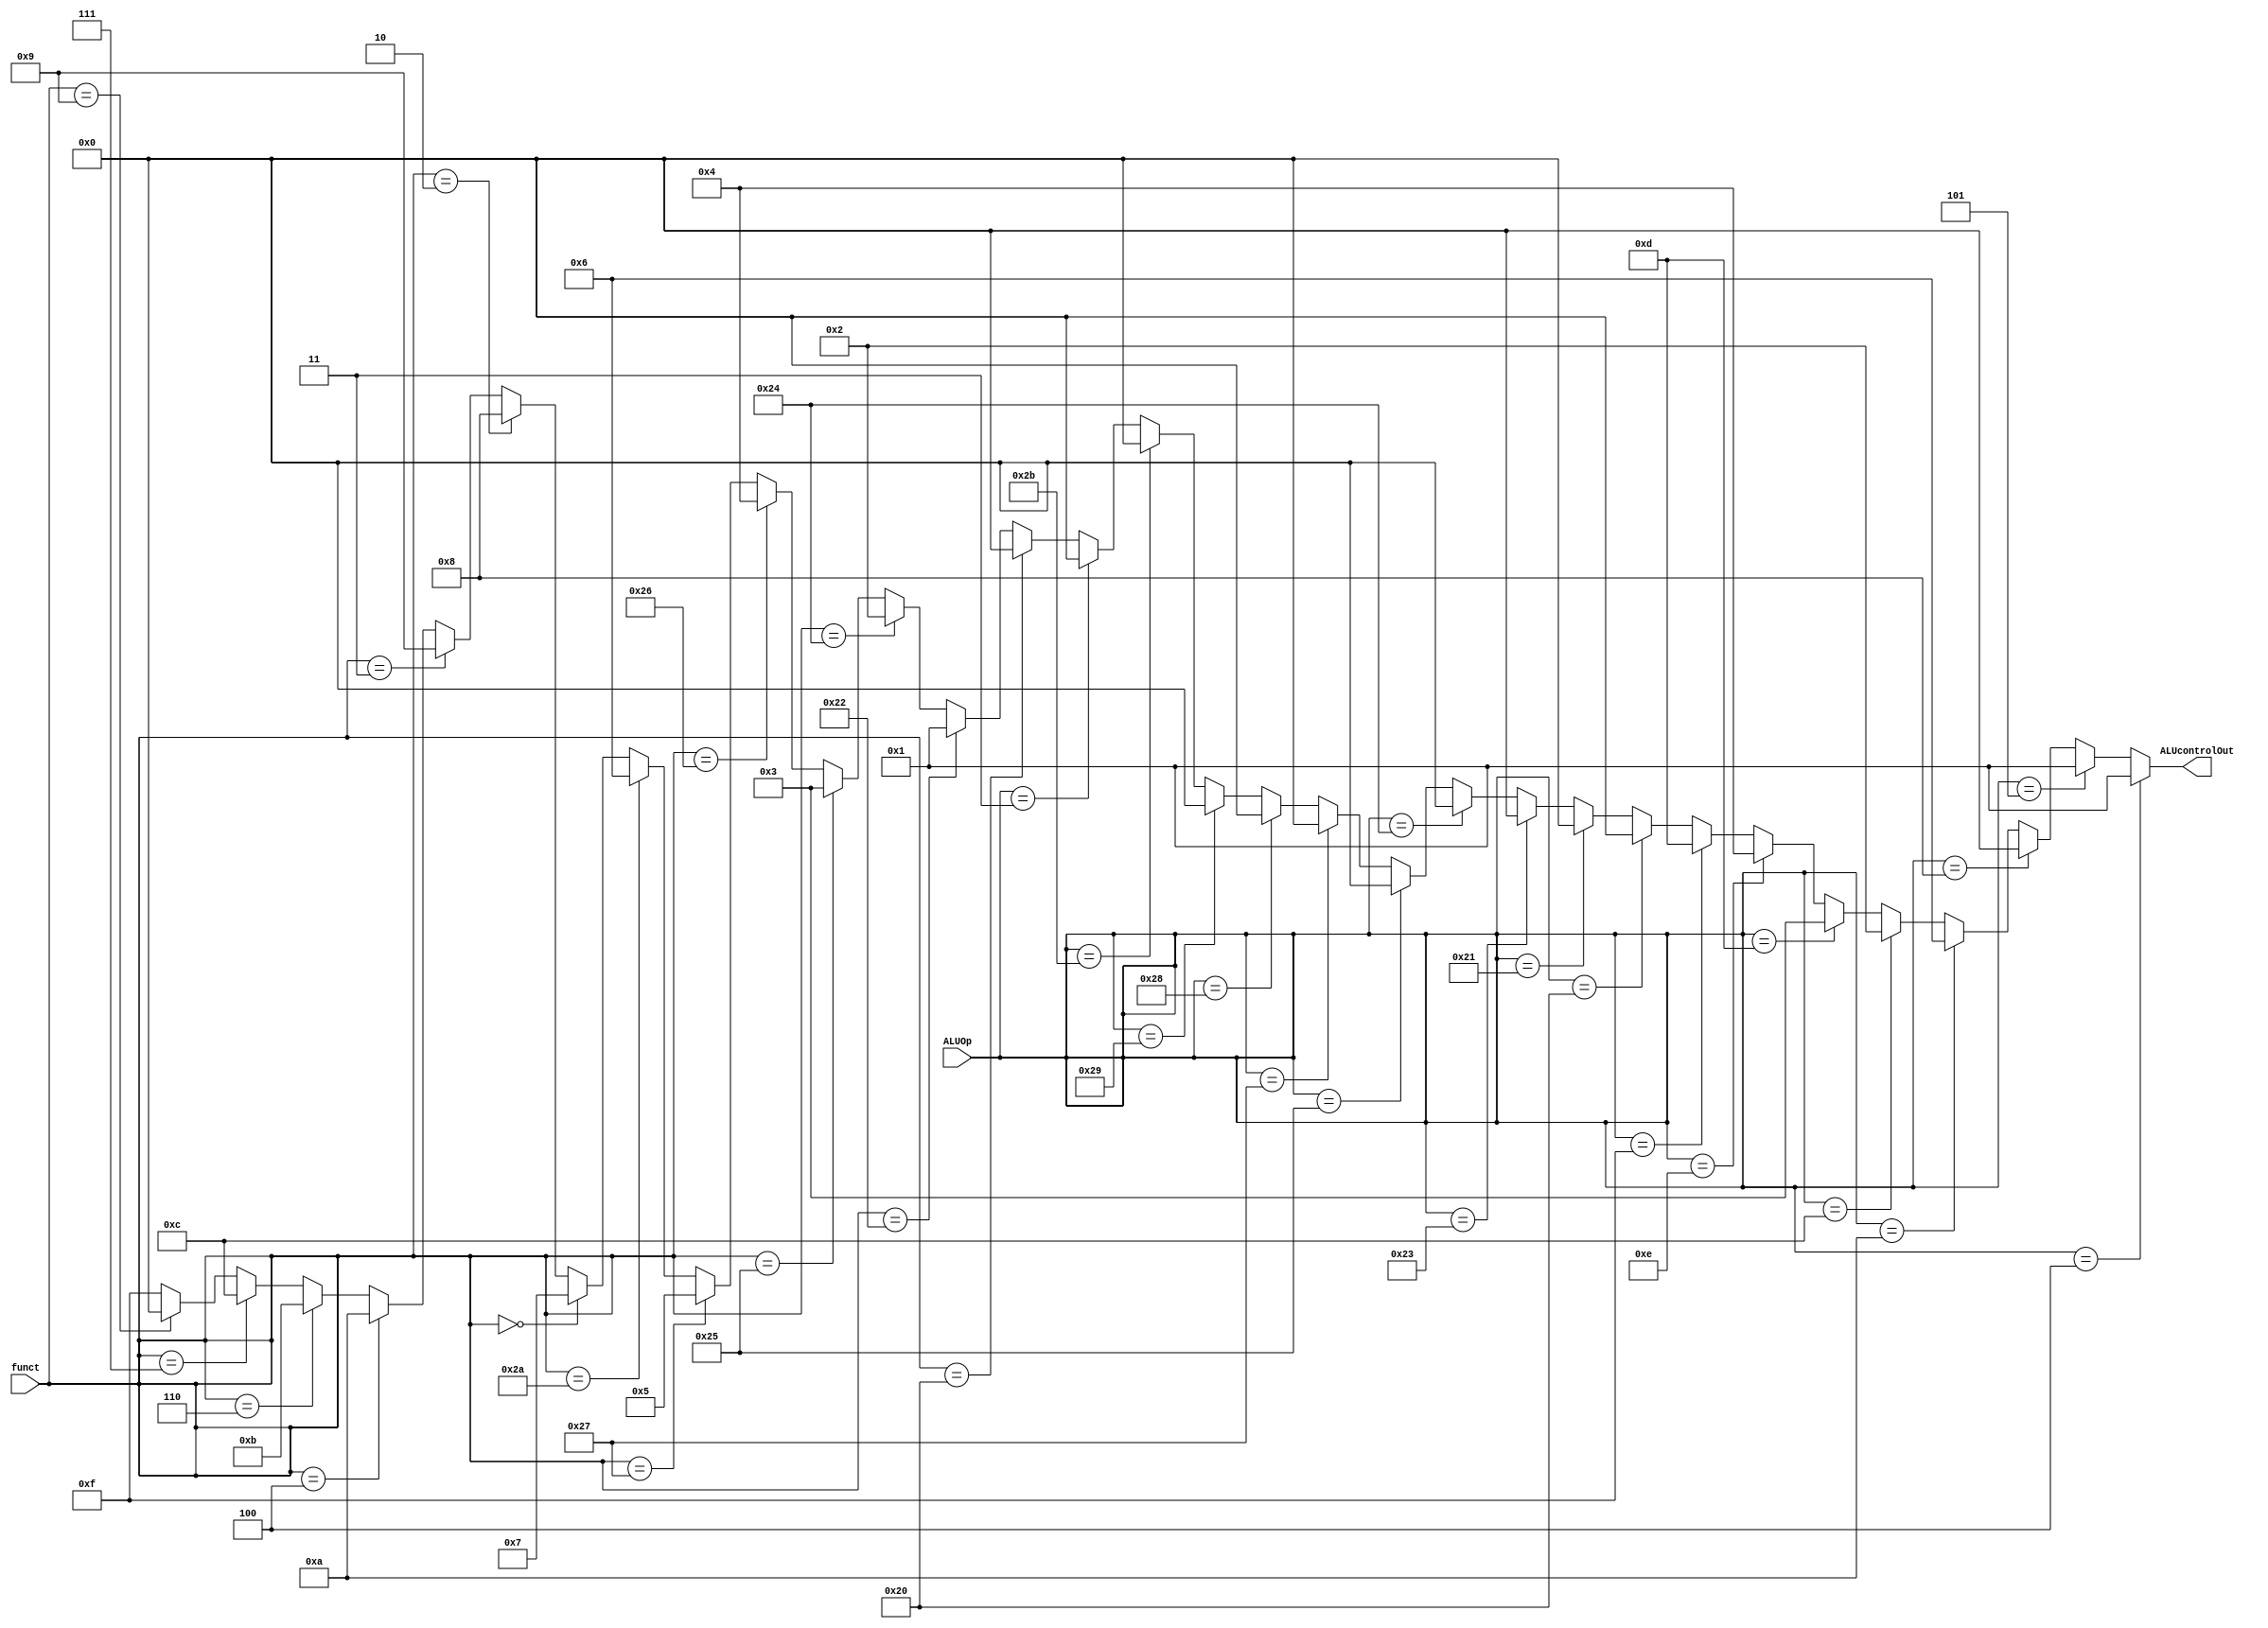
module alu_control(
	input [5:0] ALUOp,
	input [5:0] funct,
	output wire [3:0] ALUcontrolOut
	);
	
	assign ALUcontrolOut = 	(ALUOp == 6'b000100) ? 4'b0001 : //SUB para BEQ
									(ALUOp == 6'b000101) ? 4'b0001 : //SUB para BNE
									(ALUOp == 6'b001000) ? 4'b0000 : //ADDI
									(ALUOp == 6'b001010) ? 4'b0110 : //SLTI
									(ALUOp == 6'b001100) ? 4'b0010 : //ANDI
									(ALUOp == 6'b001101) ? 4'b0011 : //ORI
									(ALUOp == 6'b001110) ? 4'b0100 : //XORI
									(ALUOp == 6'b001111) ? 4'b1101 : //LUI
									(ALUOp == 6'b100000) ? 4'b0000 : //ADD para LB
									(ALUOp == 6'b100001) ? 4'b0000 : //ADD para LH
									(ALUOp == 6'b100011) ? 4'b0000 : //ADD para LW
									(ALUOp == 6'b100100) ? 4'b0000 : //ADD para LBU
									(ALUOp == 6'b100101) ? 4'b0000 : //ADD para LHU
									(ALUOp == 6'b100111) ? 4'b0000 : //ADD para LWU
									(ALUOp == 6'b101000) ? 4'b0000 : //ADD para SB
									(ALUOp == 6'b101001) ? 4'b0000 : //ADD para SH
									(ALUOp == 6'b101011) ? 4'b0000 : //ADD para SW
									(ALUOp == 6'b000011) ? 4'b0000 : //ADD para JAL
									(	(funct == 6'b100000) ? 4'b0000 : //ADD
										(funct == 6'b100010) ? 4'b0001 : //SUB
										(funct == 6'b100100) ? 4'b0010 : //AND
										(funct == 6'b100101) ? 4'b0011 : //OR
										(funct == 6'b100110) ? 4'b0100 : //XOR
										(funct == 6'b100111) ? 4'b0101 : //NOR
										(funct == 6'b101010) ? 4'b0110 : //SLT
										(funct == 6'b000000) ? 4'b0111 : //SLL
										(funct == 6'b000010) ? 4'b1000 : //SRL
										(funct == 6'b000011) ? 4'b1001 : //SRA
										(funct == 6'b000100) ? 4'b1010 : //SLLV
										(funct == 6'b000110) ? 4'b1011 : //SRLV
										(funct == 6'b000111) ? 4'b1100 : //SRAV
										(funct == 6'b001001) ? 4'b0000 : //ADD para JALR
										4'b1111); // --> Para identificar errores
	
endmodule